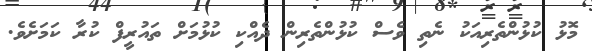
މޮޅު ކުޅުންތެރިއަކު ނެތި ވެސް ކުޅުންތެރިން ދެއްކި ކުޅުމަށް ތައުރީފް ކުރާ ކަމަށެވެ.